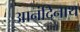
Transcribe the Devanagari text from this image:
आनंदिनाथ